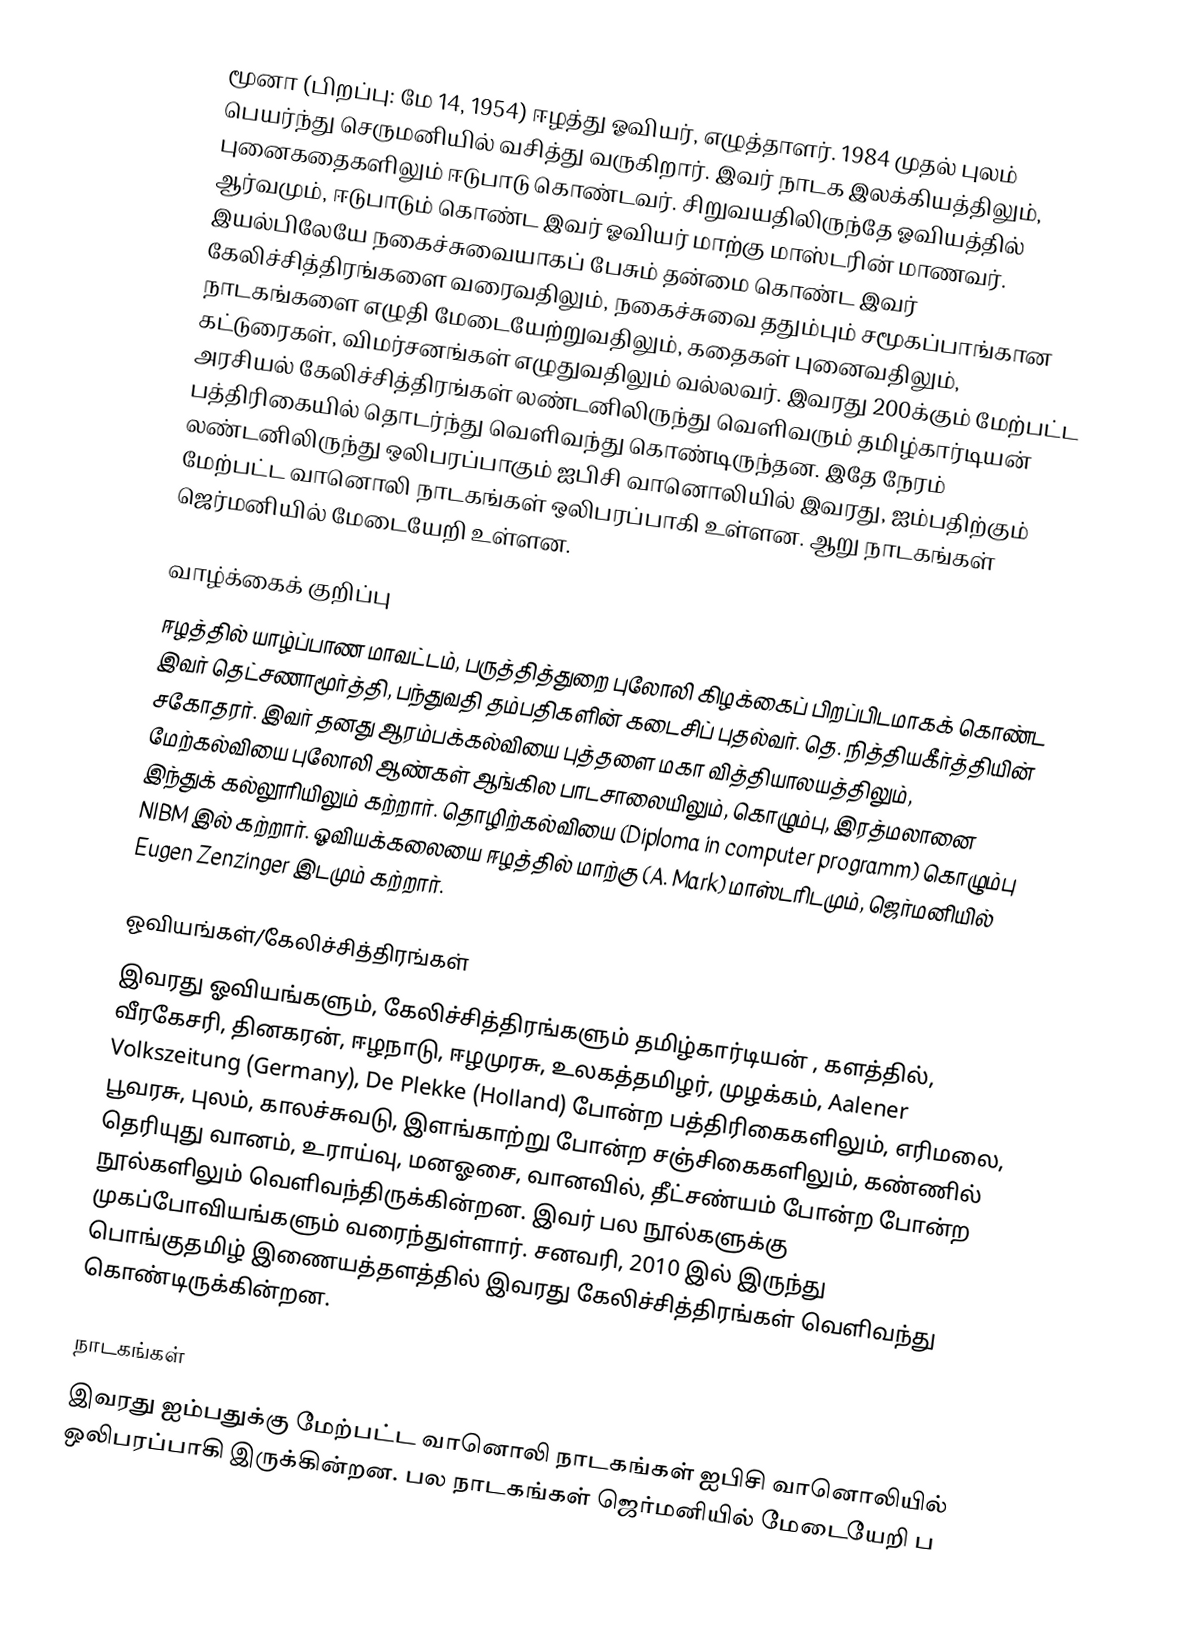
மூனா (பிறப்பு: மே 14, 1954) ஈழத்து ஓவியர், எழுத்தாளர். 1984 முதல் புலம் பெயர்ந்து செருமனியில் வசித்து வருகிறார். இவர் நாடக இலக்கியத்திலும், புனைகதைகளிலும் ஈடுபாடு கொண்டவர். சிறுவயதிலிருந்தே ஓவியத்தில் ஆர்வமும், ஈடுபாடும் கொண்ட இவர் ஓவியர் மாற்கு மாஸ்டரின் மாணவர். இயல்பிலேயே நகைச்சுவையாகப் பேசும் தன்மை கொண்ட இவர் கேலிச்சித்திரங்களை வரைவதிலும், நகைச்சுவை ததும்பும் சமூகப்பாங்கான நாடகங்களை எழுதி மேடையேற்றுவதிலும், கதைகள் புனைவதிலும், கட்டுரைகள், விமர்சனங்கள் எழுதுவதிலும் வல்லவர். இவரது 200க்கும் மேற்பட்ட அரசியல் கேலிச்சித்திரங்கள் லண்டனிலிருந்து வெளிவரும் தமிழ்கார்டியன் பத்திரிகையில் தொடர்ந்து வெளிவந்து கொண்டிருந்தன. இதே நேரம் லண்டனிலிருந்து ஒலிபரப்பாகும் ஐபிசி வானொலியில் இவரது, ஐம்பதிற்கும் மேற்பட்ட வானொலி நாடகங்கள் ஒலிபரப்பாகி உள்ளன. ஆறு நாடகங்கள் ஜெர்மனியில் மேடையேறி  உள்ளன.

வாழ்க்கைக் குறிப்பு
ஈழத்தில் யாழ்ப்பாண மாவட்டம், பருத்தித்துறை புலோலி கிழக்கைப் பிறப்பிடமாகக் கொண்ட இவர் தெட்சணாமூர்த்தி, பந்துவதி தம்பதிகளின் கடைசிப் புதல்வர். தெ. நித்தியகீர்த்தியின் சகோதரர். இவர் தனது ஆரம்பக்கல்வியை புத்தளை மகா வித்தியாலயத்திலும், மேற்கல்வியை புலோலி ஆண்கள் ஆங்கில பாடசாலையிலும், கொழும்பு, இரத்மலானை இந்துக் கல்லூரியிலும் கற்றார். தொழிற்கல்வியை (Diploma in computer programm) கொழும்பு NIBM இல் கற்றார். ஓவியக்கலையை ஈழத்தில் மாற்கு (A. Mark) மாஸ்டரிடமும், ஜெர்மனியில் Eugen Zenzinger இடமும் கற்றார்.

ஓவியங்கள்/கேலிச்சித்திரங்கள்
இவரது ஓவியங்களும், கேலிச்சித்திரங்களும் தமிழ்கார்டியன் , களத்தில், வீரகேசரி, தினகரன், ஈழநாடு, ஈழமுரசு, உலகத்தமிழர், முழக்கம், Aalener Volkszeitung (Germany), De Plekke (Holland) போன்ற பத்திரிகைகளிலும், எரிமலை, பூவரசு, புலம், காலச்சுவடு, இளங்காற்று போன்ற சஞ்சிகைகளிலும், கண்ணில் தெரியுது வானம், உராய்வு, மனஓசை, வானவில், தீட்சண்யம் போன்ற போன்ற நூல்களிலும் வெளிவந்திருக்கின்றன. இவர் பல நூல்களுக்கு முகப்போவியங்களும் வரைந்துள்ளார். சனவரி, 2010 இல் இருந்து பொங்குதமிழ்  இணையத்தளத்தில் இவரது கேலிச்சித்திரங்கள் வெளிவந்து கொண்டிருக்கின்றன.

நாடகங்கள்
இவரது ஐம்பதுக்கு மேற்பட்ட வானொலி நாடகங்கள் ஐபிசி வானொலியில் ஒலிபரப்பாகி இருக்கின்றன. பல நாடகங்கள் ஜெர்மனியில் மேடையேறி ப